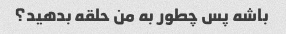
باشه پس چطور به من حلقه بدهید؟